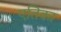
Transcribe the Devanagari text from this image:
एतिका